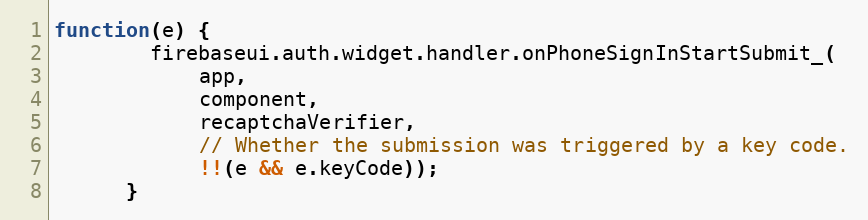
Language: JavaScript
function(e) {
        firebaseui.auth.widget.handler.onPhoneSignInStartSubmit_(
            app,
            component,
            recaptchaVerifier,
            // Whether the submission was triggered by a key code.
            !!(e && e.keyCode));
      }